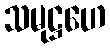
သမုဋ္ဌဟေ